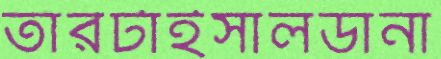
তাঁরটাইসালডানা